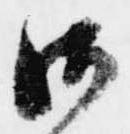
御